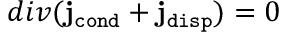
d i v ( { \bf j } _ { \tt c o n d } + { \bf j } _ { \tt d i s p } ) = 0